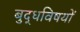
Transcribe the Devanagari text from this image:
बुद्धविषयों